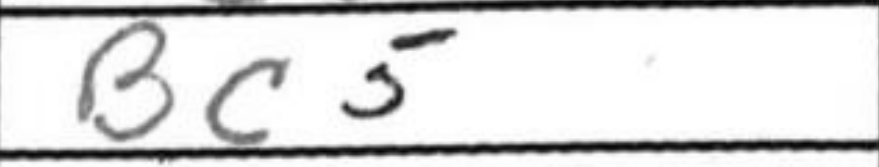
Transcription: Bc5